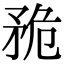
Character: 𥍨